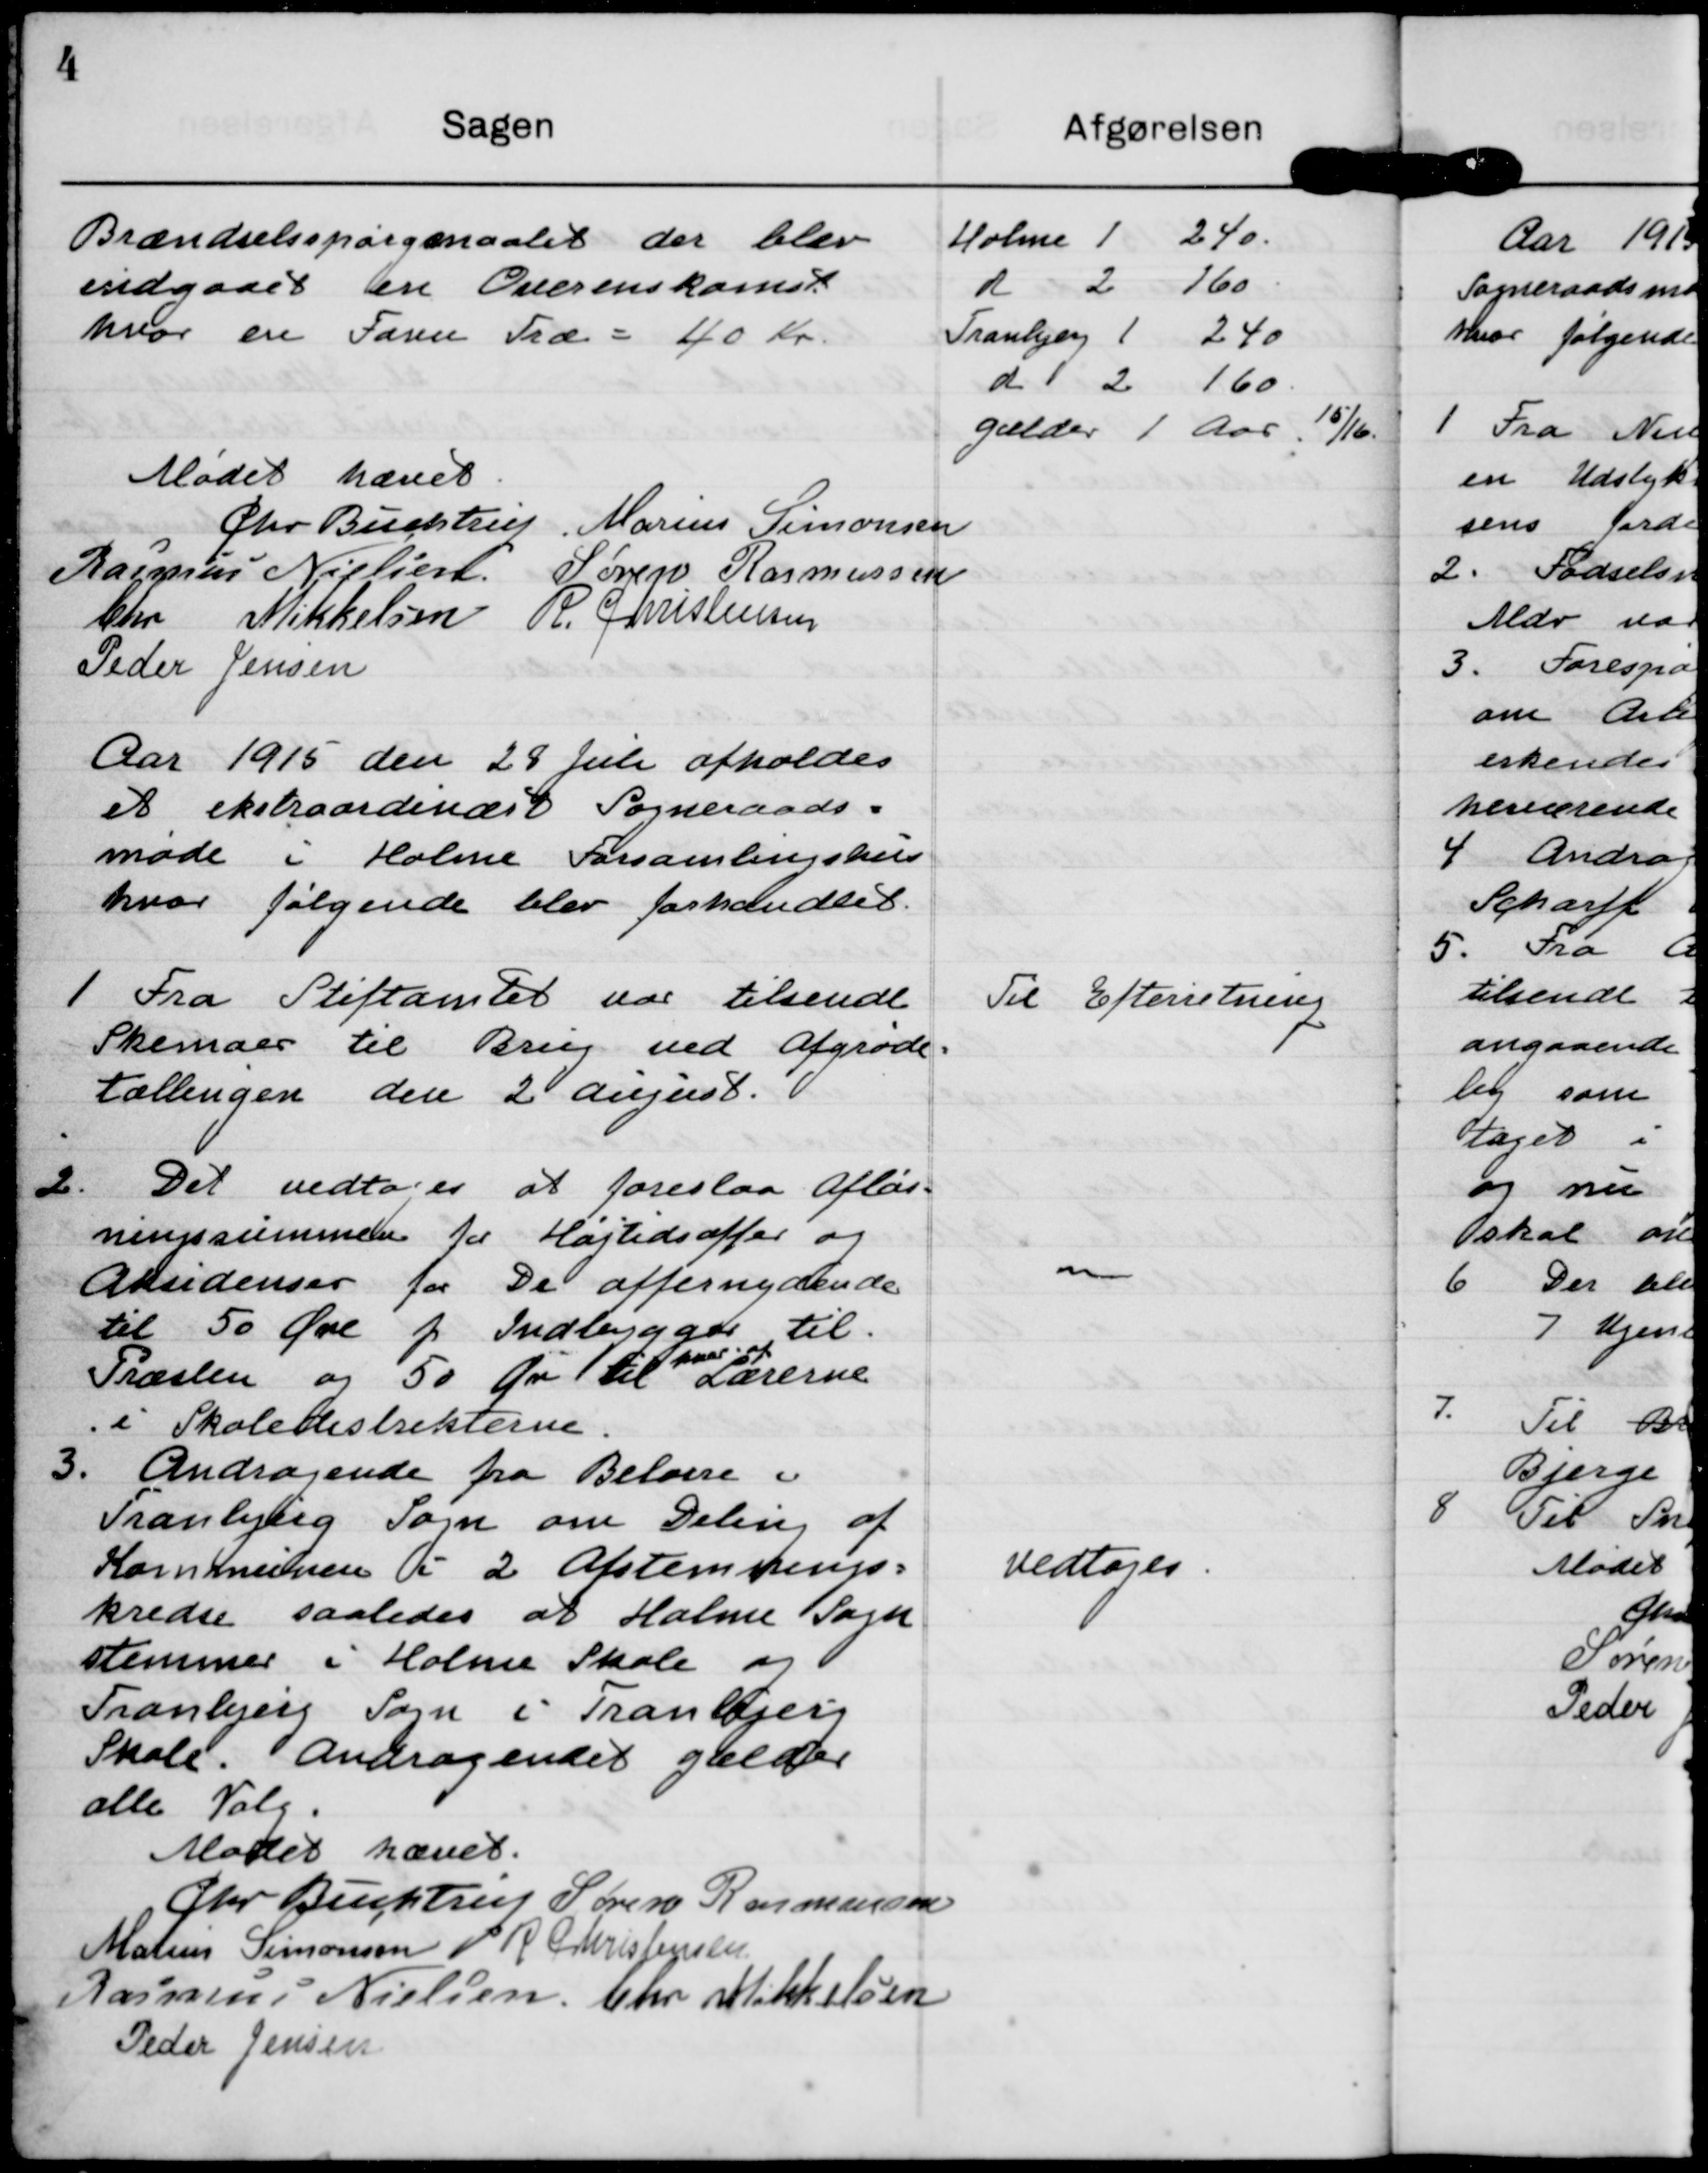
Transskription:
Brændselsspørgsmaalet der blev
indgaaet en Overenskomst
hvor en Favn Træ = 40 Kr

Holme 1 240
d 2 160
Tranbjerg 1 240
d 2 160
gælder 1 Aar 15/16

Mødet hævet
Chr Buchtrup
Marius Simonsen
Rasmus Nielsen
Søren Rasmussen
Chr Mikkelsen
R Christensen
Peder Jensen

Aar 1915 den 28 juli afholdes
et ekstraordinært Sogneraads=
møde i Holme Forsamlingshus
hvor følgende blev forhandlet

Til Efterretning

1 Fra Stiftamtet var tilsendt
Skemaer til Brug ved Afgrøde-
tællingen den 2 august.

2. Det vedtoges at foreslaa Afløs-
ningssummen for Højtidsoffer og
Absidenser for De offernydende 
til 50 Øre p Indbygger til
Præsten og 50 Øre til
hver af
Lærerne
i Skoledistrikterne.

3. Andragende fra Beboere u
Tranbjerg Sogn om Deling af
Kommunen i 2 Afstemnings=
kredse saaledes at Holme sogn
stemmer i Holme Skole og
Tranbjerg Sogn i Tranbjerg 
Skole. Andragendet gælder
alle Valg.

vedtoges.

Mødet hævet. 
Chr Buchtrup
Søren Rasmussen 
Marius Simonsen
R Christensen
Rasmus Nielsen
Chr Mikkelsen
Peder Jensen